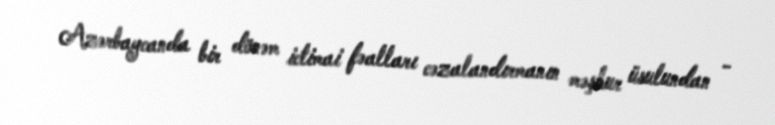
Azərbaycanda bir dönəm ictimai fəalları cəzalandırmanın məşhur üsulundan -